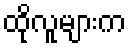
ထိုလူများက